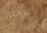
الفحم